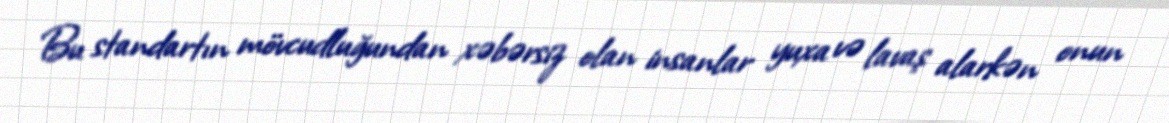
Bu standartın mövcudluğundan xəbərsiz olan insanlar yuxa və lavaş alarkən onun